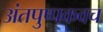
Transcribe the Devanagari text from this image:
अंतपुष्पकवच